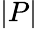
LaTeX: \left|P\right|